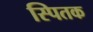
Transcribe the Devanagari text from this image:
स्पितक